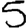
Digit: 5